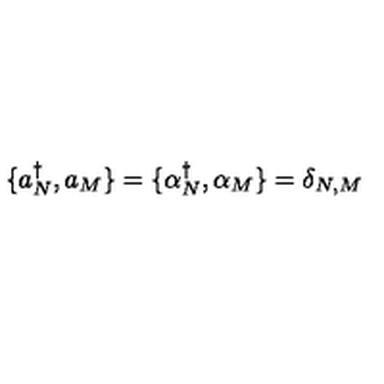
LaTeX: \{ a { ^ \dagger _ { N } } , a _ { M } \} = \{ \alpha { ^ \dagger _ { N } } , \alpha _ { M } \} = \delta _ { N , M }